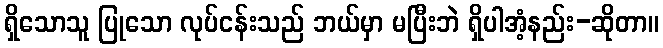
ရှိသောသူ ပြုသော လုပ်ငန်းသည် ဘယ်မှာ မပြီးဘဲ ရှိပါအံ့နည်း-ဆိုတာ။